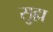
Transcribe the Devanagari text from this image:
सुह्म